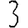
Digit: 3